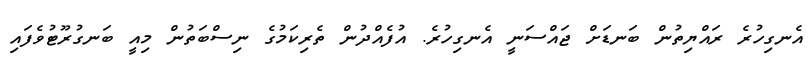
އެނގިހުރެ ރައްޔިތުން ބަނޑަށް ޖައްސަނީ އެނގިހުރެ. އުފެއްދުން ތެރިކަމުގެ ނިސްބަތުން މިއީ ބަނގުރޫޓުވެފައި